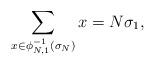
LaTeX: \begin{gather*} \sum_{x\in \phi_{N,1}^{-1}(\sigma_N)} x = N\sigma_1, \end{gather*}